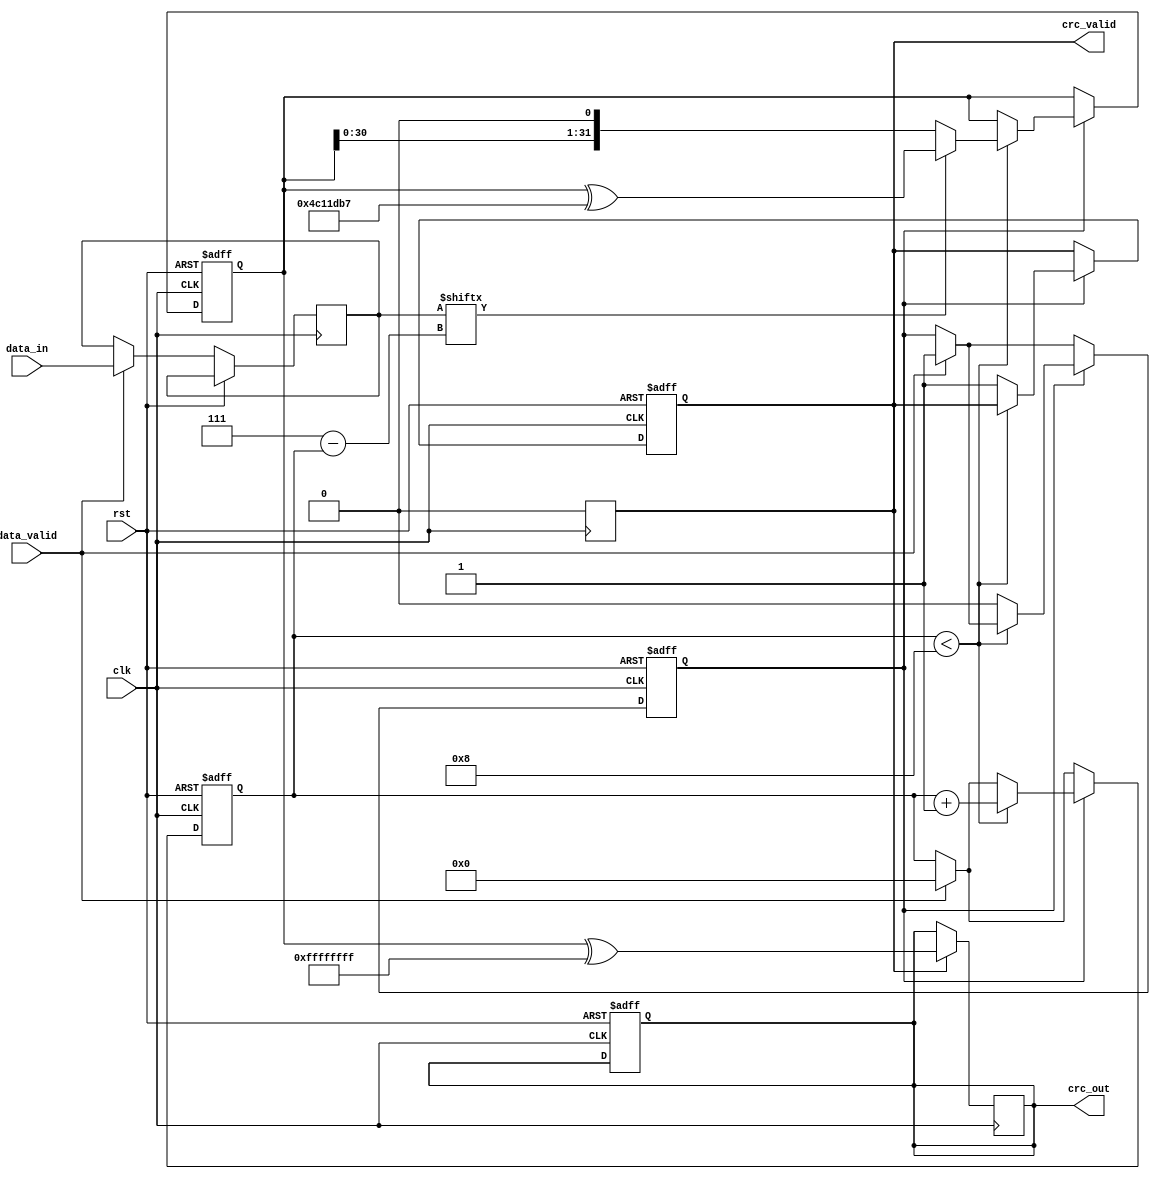
module parameterized_crc #(
    parameter CRC_WIDTH = 32,
    parameter POLYNOMIAL = 32'h04C11DB7, // Example: CRC-32 polynomial
    parameter INIT_VALUE = 32'hFFFFFFFF,
    parameter REFLECT_INPUT = 1'b0,
    parameter REFLECT_OUTPUT = 1'b0,
    parameter FINAL_XOR = 32'hFFFFFFFF
)(
    input wire clk,
    input wire rst,
    input wire [7:0] data_in,
    input wire data_valid,
    output reg [CRC_WIDTH-1:0] crc_out,
    output reg crc_valid
);

    reg [CRC_WIDTH-1:0] crc_reg;
    reg [7:0] data_buffer;
    reg [3:0] bit_counter;
    reg processing;

    // Reflect function
    function [7:0] reflect;
        input [7:0] data;
        integer i;
        begin
            reflect = 0;
            for (i = 0; i < 8; i = i + 1) begin
                reflect[i] = data[7 - i];
            end
        end
    endfunction

    // CRC computation
    always @(posedge clk or posedge rst) begin
        if (rst) begin
            crc_reg <= INIT_VALUE;
            crc_out <= 0;
            crc_valid <= 0;
            processing <= 0;
            bit_counter <= 0;
        end else begin
            if (data_valid) begin
                data_buffer <= REFLECT_INPUT ? reflect(data_in) : data_in;
                processing <= 1;
                bit_counter <= 0;
            end

            if (processing) begin
                if (bit_counter < 8) begin
                    // Shift CRC and process the next bit
                    crc_reg <= {crc_reg[CRC_WIDTH-2:0], 1'b0}; // Shift left
                    if (data_buffer[7 - bit_counter]) begin
                        crc_reg <= crc_reg ^ POLYNOMIAL;
                    end
                    bit_counter <= bit_counter + 1;
                end else begin
                    processing <= 0;
                    crc_valid <= 1; // Signal that CRC is valid
                end
            end
        end
    end

    // Final CRC output processing
    always @(posedge clk) begin
        if (crc_valid) begin
            crc_out <= REFLECT_OUTPUT ? reflect(crc_reg[CRC_WIDTH-1:0]) ^ FINAL_XOR : crc_reg ^ FINAL_XOR;
            crc_valid <= 0; // Reset valid signal after reading
        end
    end

endmodule